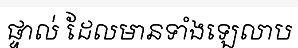
ផ្ទាល់ ដែលមានទាំងឡេលាប